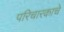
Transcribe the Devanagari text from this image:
परिचारकाचे